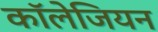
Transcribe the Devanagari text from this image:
कॉलेजियन